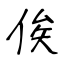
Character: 俟